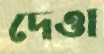
দেওা